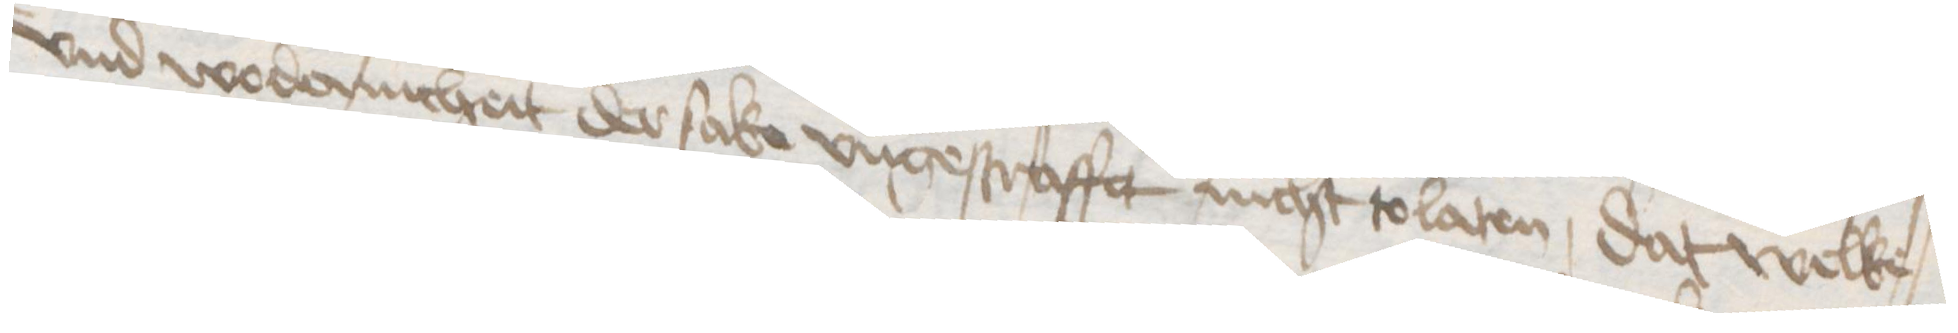
und wodernicheit der sake ungestraffet nicht tolaten dat welke